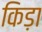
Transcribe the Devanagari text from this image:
किड़ा